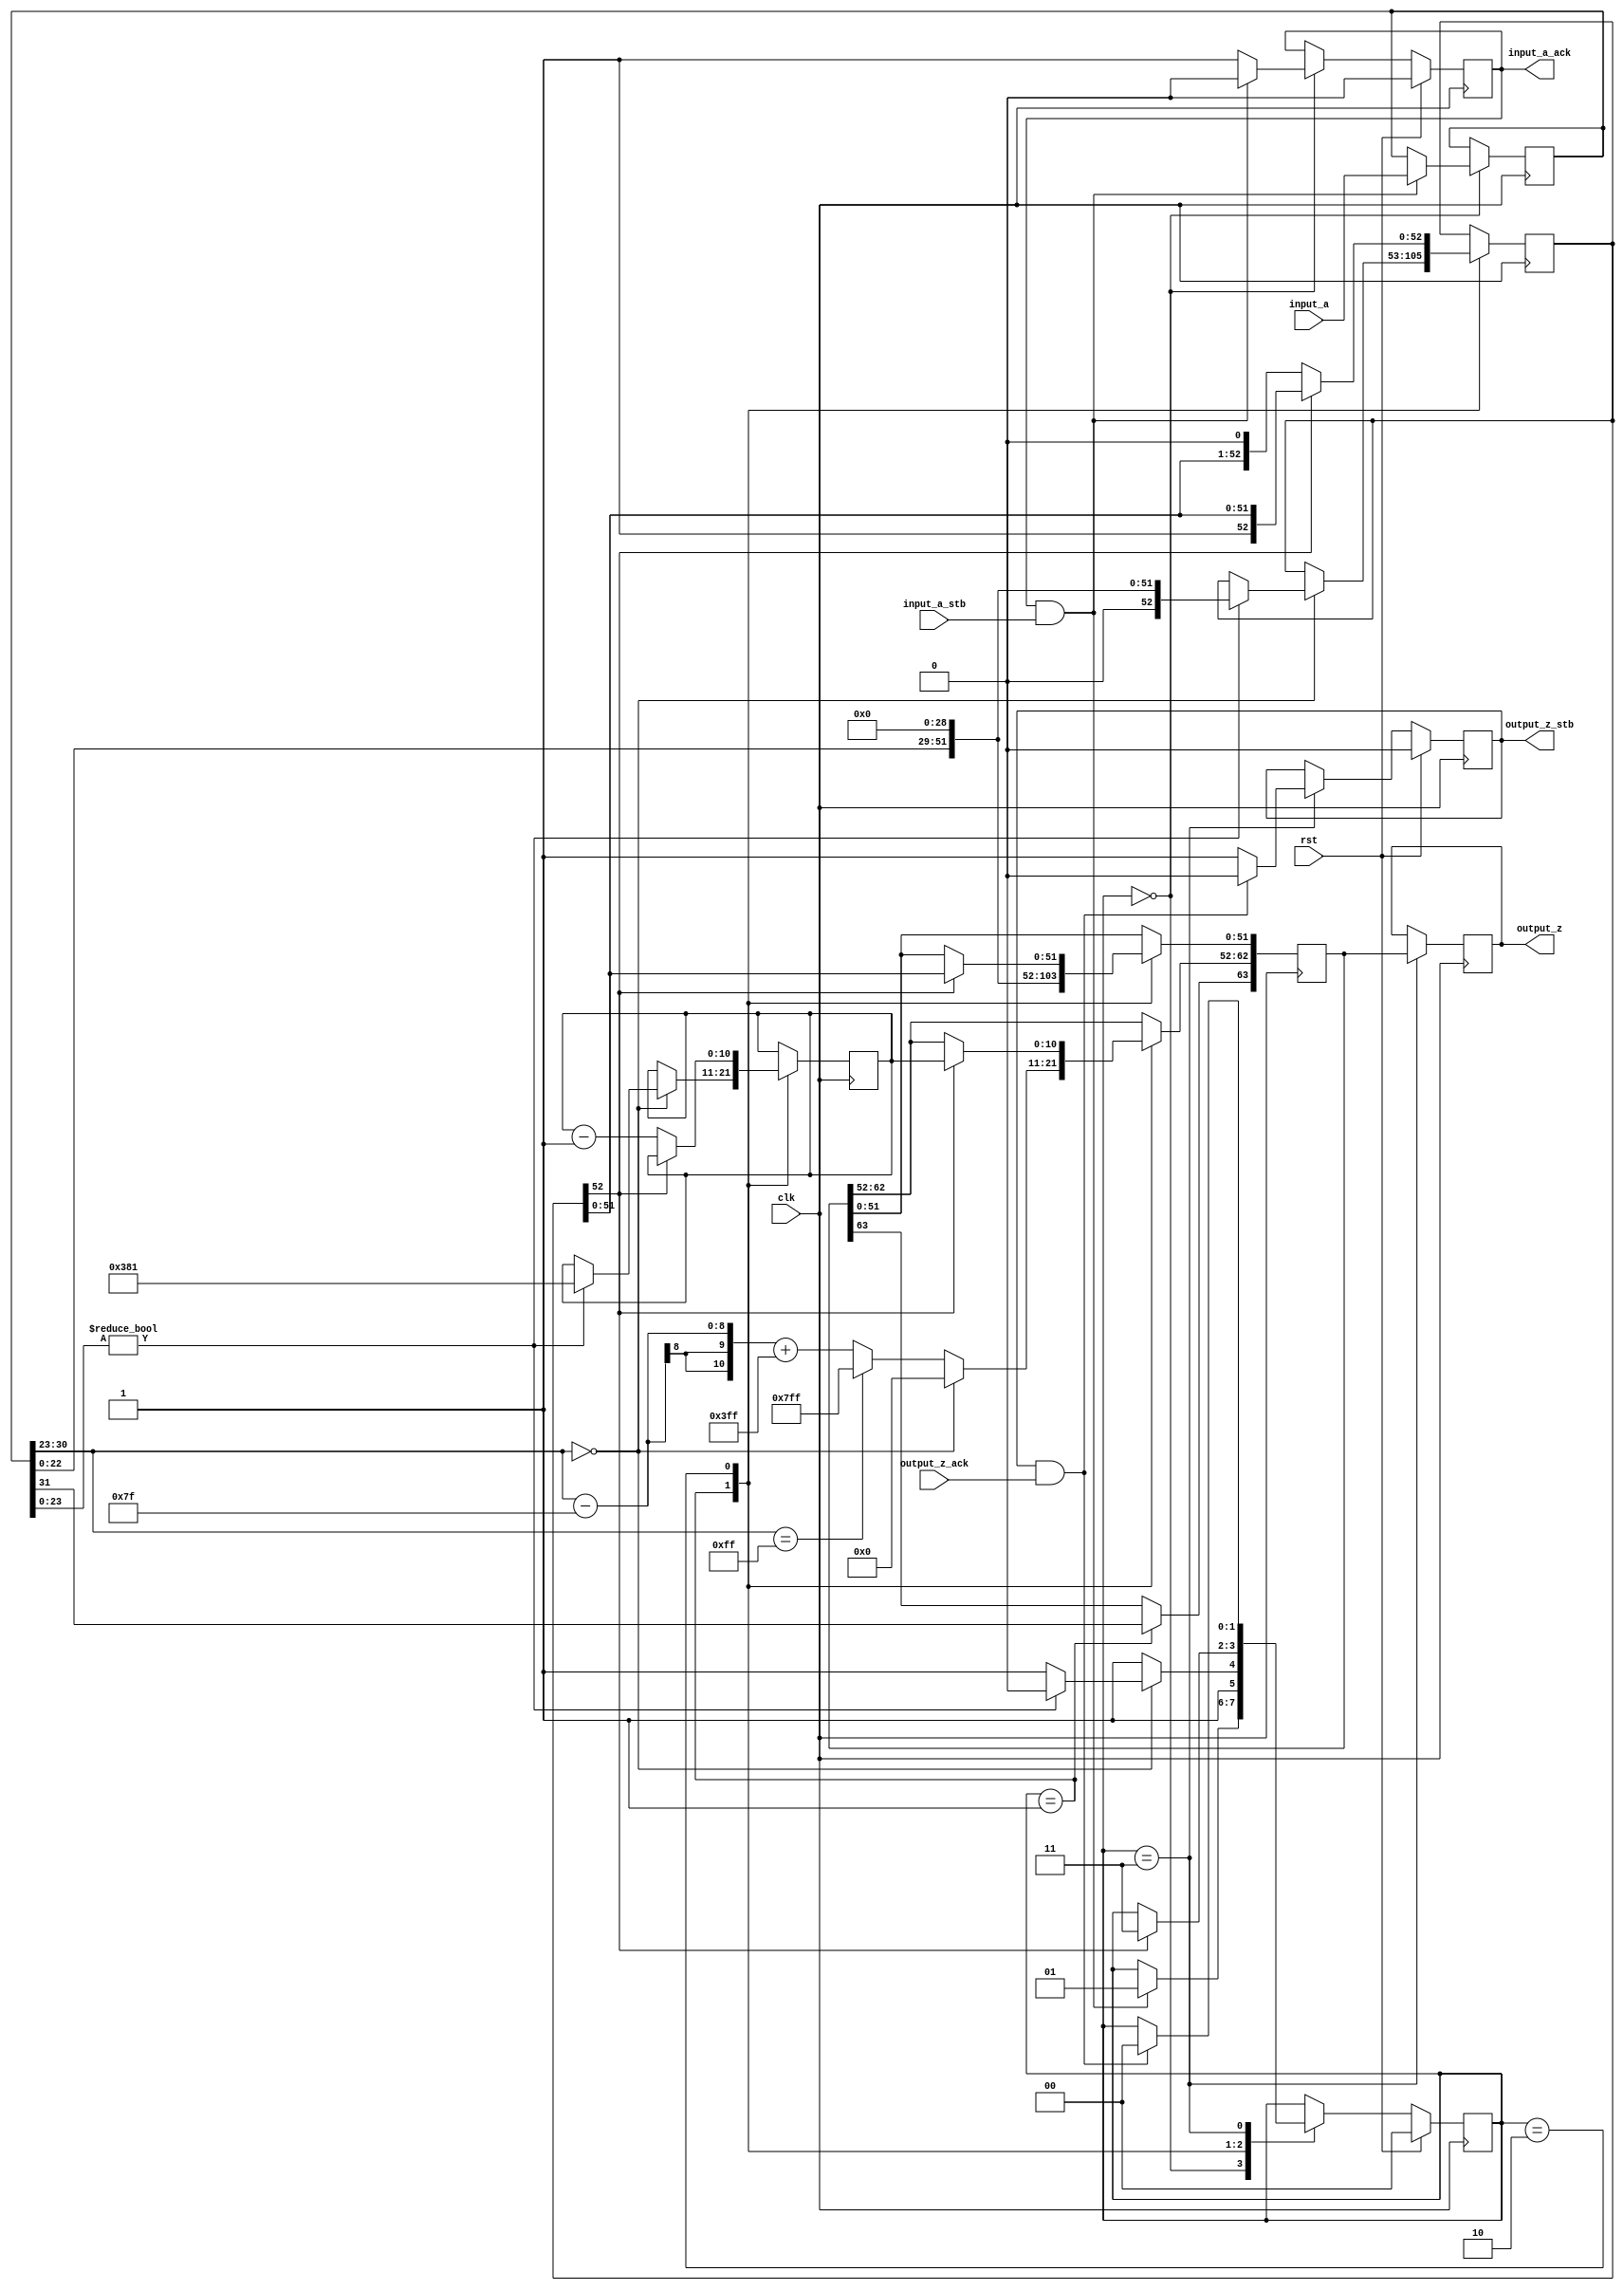
module float_to_double(
        input_a,
        input_a_stb,
        output_z_ack,
        clk,
        rst,
        output_z,
        output_z_stb,
        input_a_ack);

  input     clk;
  input     rst;

  input     [31:0] input_a;
  input     input_a_stb;
  output    input_a_ack;

  output    [63:0] output_z;
  output    output_z_stb;
  input     output_z_ack;

  reg       s_output_z_stb;
  reg       [63:0] s_output_z;
  reg       s_input_a_ack;
  reg       s_input_b_ack;

  reg       [1:0] state;
  parameter get_a         = 3'd0,
            convert_0     = 3'd1,
            normalise_0   = 3'd2,
            put_z         = 3'd3;

  reg [63:0] z;
  reg [10:0] z_e;
  reg [52:0] z_m;
  reg [31:0] a;

  always @(posedge clk)
  begin

    case(state)

      get_a:
      begin
        s_input_a_ack <= 1;
        if (s_input_a_ack && input_a_stb) begin
          a <= input_a;
          s_input_a_ack <= 0;
          state <= convert_0;
        end
      end

      convert_0:
      begin
        z[63] <= a[31];
        z[62:52] <= (a[30:23] - 127) + 1023;
        z[51:0] <= {a[22:0], 29'd0};
        if (a[30:23] == 255) begin
            z[62:52] <= 2047;
        end
        state <= put_z;
        if (a[30:23] == 0) begin
            if (a[23:0]) begin
                state <= normalise_0;
                z_e <= 897;
                z_m <= {1'd0, a[22:0], 29'd0};
            end
            z[62:52] <= 0;
        end
      end

      normalise_0:
      begin
        if (z_m[52]) begin
          z[62:52] <= z_e;
          z[51:0] <= z_m[51:0];
          state <= put_z;
        end else begin
          z_m <= {z_m[51:0], 1'd0};
          z_e <= z_e - 1;
        end
      end

      put_z:
      begin
        s_output_z_stb <= 1;
        s_output_z <= z;
        if (s_output_z_stb && output_z_ack) begin
          s_output_z_stb <= 0;
          state <= get_a;
        end
      end

    endcase

    if (rst == 1) begin
      state <= get_a;
      s_input_a_ack <= 0;
      s_output_z_stb <= 0;
    end

  end
  assign input_a_ack = s_input_a_ack;
  assign output_z_stb = s_output_z_stb;
  assign output_z = s_output_z;

endmodule